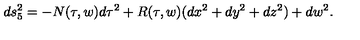
d s _ { 5 } ^ { 2 } = - N ( \tau , w ) d \tau ^ { 2 } + R ( \tau , w ) ( d x ^ { 2 } + d y ^ { 2 } + d z ^ { 2 } ) + d w ^ { 2 } .